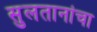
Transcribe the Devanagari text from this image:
सुलतानांचा